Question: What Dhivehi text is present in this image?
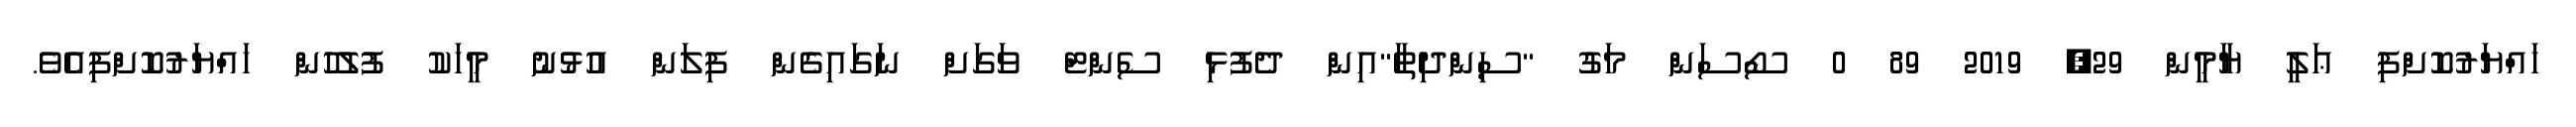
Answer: ހައްޔަރުކޮށްފި ޢަލީ ޔާމީން 29, 2019 89 0 ސޯސަން މަގު "ސިންދިތާ"އިން ދެފުޅި ސެންޓް ވަގަށް ނަގައިގެން ފިލަން އުޅުނު މީހަކު ފުލުހުން ހައްޔަރުކޮށްފިއެވެ.